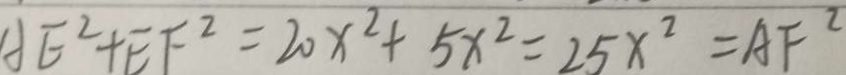
A E ^ { 2 } + E F ^ { 2 } = 2 0 x ^ { 2 } + 5 x ^ { 2 } = 2 5 x ^ { 2 } = A F ^ { 2 }